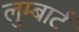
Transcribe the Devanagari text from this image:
लुम्बार्ट